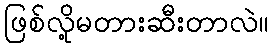
ဖြစ်လို့မတားဆီးတာလဲ။